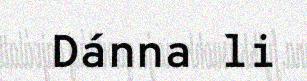
Dánna li